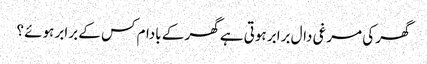
گھر کی مرغی دال برابر ہوتی ہے گھر کے بادام کس کے برابر ہوئے ؟